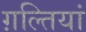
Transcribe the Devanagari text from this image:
ग़ल्तियां